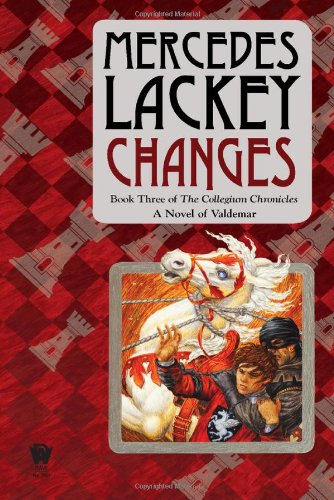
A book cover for Changes: Volume Three of the Collegium Chronicles (A Valdemar Novel); Mercedes Lackey; Science Fiction & Fantasy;